Scottish Leaving Certificate Examination, 1952
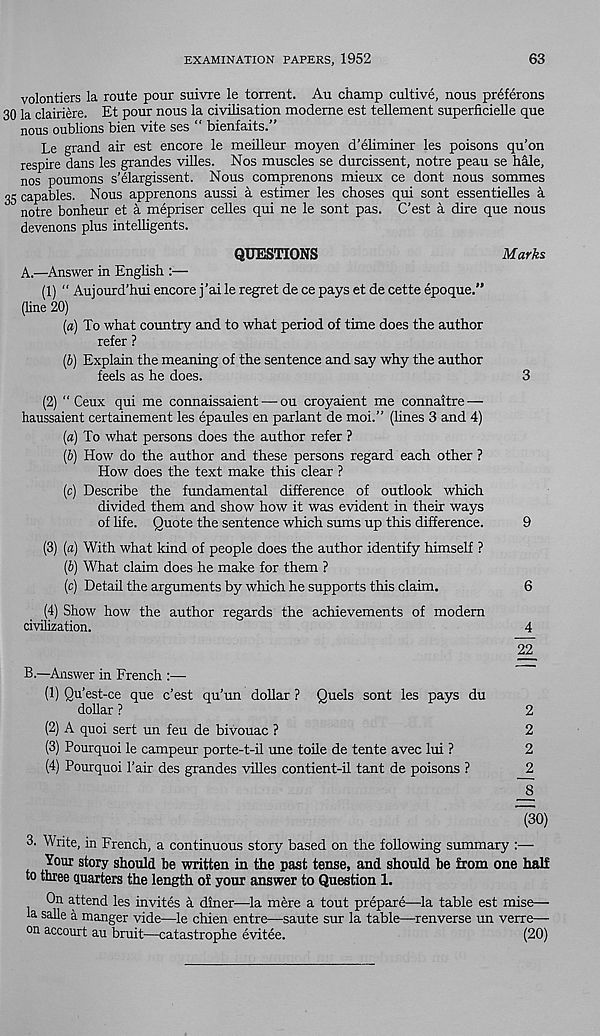
EXAMINATION PAPERS, 1952
63
volontiers la route pour suivre le torrent. Au champ cultive, nous prdferons
30 la clairiere. Et pour nous la civilisation modeme est tellement superficielle que
nous oublions bien vite ses “ bienfaits.”
Le grand air est encore le meilleur moyen d’eliminer les poisons qu’on
respire dans les grandes villes. Nos muscles se durcissent, notre peau se Mle,
nos poumons s’elargissent. Nous comprenons mieux ce dont nous sonunes
35 capables. Nous apprenons aussi a estimer les choses qui sont essentielles h
notre bonheur et a mepriser celles qui ne le sont pas. C’est h dire que nous
devenons plus intelligents.
QUESTIONS
Marks
A.
—Answer in English :—
(1) “ Aujourd’hui encore j'ai le regret de ce pays et de cette epoque.”
(line 20)
(a) To what country and to what period of time does the author
refer ?
(b) Explain the meaning of the sentence and say why the author
feels as he does.
3
(2) " Ceux qui me connaissaient — ou croyaient me connaitre —
haussaient certainement les epaules en parlant de moi.” (lines 3 and 4)
(a) To what persons does the author refer ?
(b) How do the author and these persons regard each other ?
How does the text make this clear ?
(c) Describe the fundamental difference of outlook which
divided them and show how it was evident in their ways
of life. Quote the sentence which sums up this difference.
9
(3) (a) With what kind of people does the author identify himself ?
(b) What claim does he make for them ?
(c) Detail the arguments by which he supports this claim.
6
(4) Show how the author regards the achievements of modem
civilization.
4
22_
B.
—Answer in French :—
(1) Qu’est-ce que c’est qu’un dollar ? Quels sont les pays du
dollar ?
2
(2) A quoi sert un feu de bivouac ?
2
(3) Pourquoi le campeur porte-t-il une toile de tente avec lui ?
2
(4) Pourquoi Pair des grandes villes contient-il tant de poisons ?
2
~8
(30)
3. Write, in French, a continuous story based on the following summary :—
Your story should be written in the past tense, and should he from one half
to three quarters the length of your answer to Question 1.
On attend les invites h diner—la mere a tout prepare—la table est mise—
la salle a manger vide—le chien entre—saute sur la table—renverse un verre—
on accourt au bruit—catastrophe evitee.
(20)